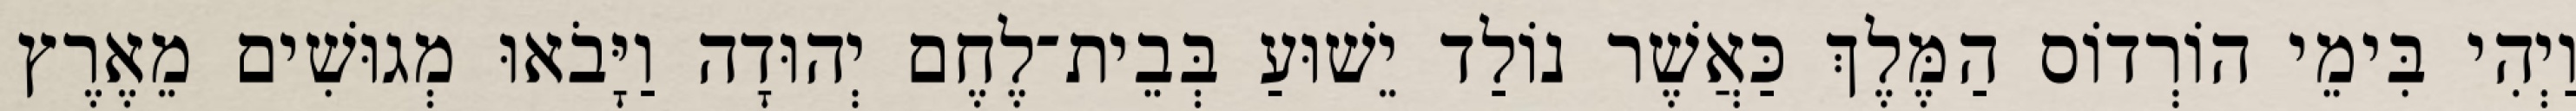
וַיְהִי בִּימֵי הוֹרְדוֹס הַמֶּלֶךְ כַּאֲשֶׁר נוֹלַד יֵשׁוּעַ בְּבֵית־לֶחֶם יְהוּדָה וַיָּבֹאוּ מְגוּשִׁים מֵאֶרֶץ